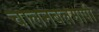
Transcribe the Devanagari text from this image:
चालनबलमापी